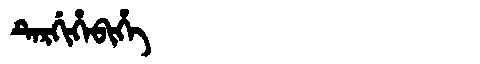
Manchu: ᡨᡝᡵᡤᡳᡥᡝᠪᡳᡥᡝ
Romanization: TERGIHEBIHE